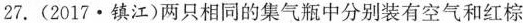
27.(2017·镇江)两只相同的集气瓶中分别装有空气和红棕